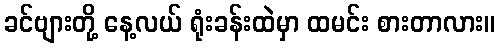
ခင်ဗျားတို့ နေ့လယ် ရုံးခန်းထဲမှာ ထမင်း စားတာလား။